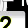
Digit: 2